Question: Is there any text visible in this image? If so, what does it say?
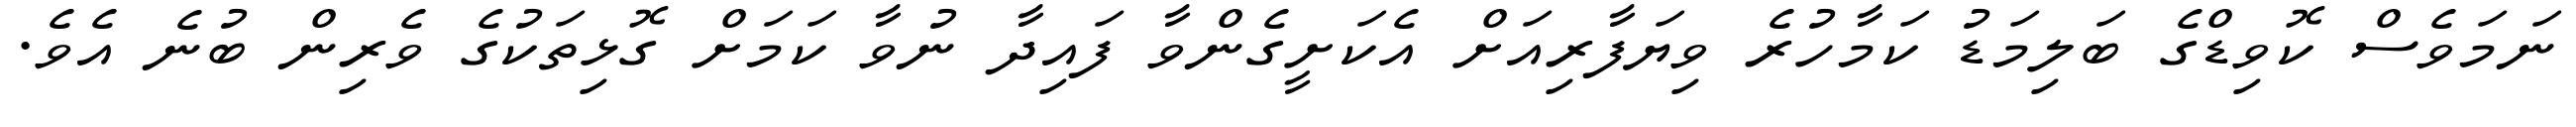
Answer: ނަމަވެސް ކޮވިޑްގެ ބަލިމަޑު ކަމާހުރެ ވިޔަފާރިއަށް އެކަށީގެންވާ ފައިދާ ނުވާ ކަމަށް ގޮޅިތަކުގެ ވެރިން ބުނެ އެވެ.